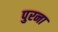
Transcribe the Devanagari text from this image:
पुरना